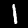
Digit: 1